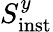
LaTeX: S_{\mathrm{inst}}^{y}